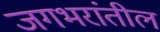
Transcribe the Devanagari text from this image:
जगभरांतील